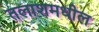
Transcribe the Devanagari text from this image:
तलाशमधील